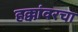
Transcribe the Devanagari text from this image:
हक्कांवरचा